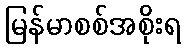
မြန်မာစစ်အစိုးရ